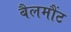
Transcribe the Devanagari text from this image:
बैलमौंट